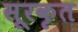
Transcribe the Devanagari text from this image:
सूरकृत